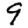
Digit: 9